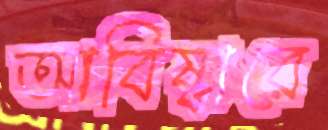
আবিষ্কারে